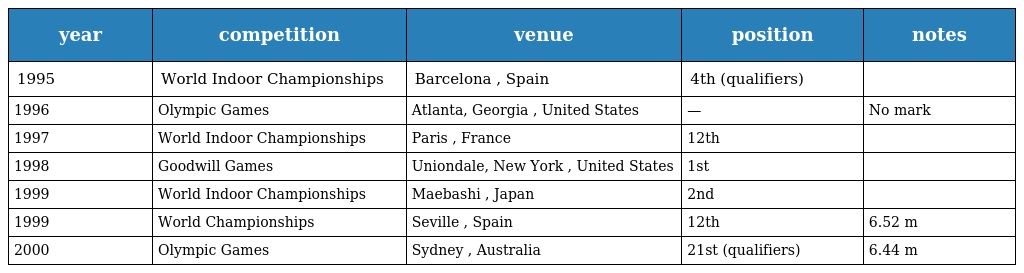
| year | competition | venue | position | notes |
 | --- | --- | --- | --- | --- |
 | 1995 | World Indoor Championships | Barcelona , Spain | 4th (qualifiers) |  |
 | 1996 | Olympic Games | Atlanta, Georgia , United States | — | No mark |
 | 1997 | World Indoor Championships | Paris , France | 12th |  |
 | 1998 | Goodwill Games | Uniondale, New York , United States | 1st |  |
 | 1999 | World Indoor Championships | Maebashi , Japan | 2nd |  |
 | 1999 | World Championships | Seville , Spain | 12th | 6.52 m |
 | 2000 | Olympic Games | Sydney , Australia | 21st (qualifiers) | 6.44 m |